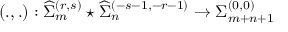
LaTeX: \left( . , . \right) : { \widehat \Sigma } _ { m } ^ { ( r , s ) } \star { \widehat \Sigma } _ { n } ^ { ( - s - 1 , - r - 1 ) } \rightarrow { \Sigma } _ { m + n + 1 } ^ { ( 0 , 0 ) }